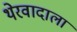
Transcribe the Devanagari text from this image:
थेरवादाला